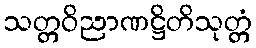
သတ္တဝိညာဏဋ္ဌိတိသုတ္တံ